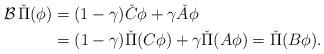
LaTeX: \begin{align*}\mathcal{B} \, \check{\Pi}(\phi) &= (1 - \gamma) \check{C} \phi + \gamma \check{A} \phi \\&= (1 - \gamma) \check{\Pi} (C\phi) + \gamma \check{\Pi} (A\phi) = \check{\Pi} (B\phi).\end{align*}